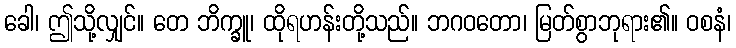
ခေါ၊ ဤသို့လျှင်။ တေ ဘိက္ခူ၊ ထိုရဟန်းတို့သည်။ ဘဂဝတော၊ မြတ်စွာဘုရား၏။ ဝစနံ၊